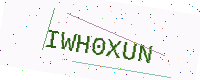
Text: IWH0XUN